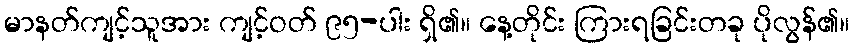
မာနတ်ကျင့်သူအား ကျင့်ဝတ် ၉၅-ပါး ရှိ၏။ နေ့တိုင်း ကြားရခြင်းတခု ပိုလွန်၏။